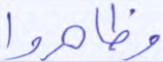
وظاهروا